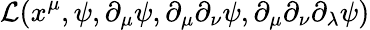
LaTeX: \mathcal L(x^{\mu},\psi,\partial_{\mu}\psi,\partial_{\mu}\partial_{\nu}\psi,\partial_{\mu}\partial_{\nu}\partial_{\lambda}\psi)